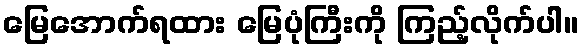
မြေအောက်ရထား မြေပုံကြီးကို ကြည့်လိုက်ပါ။